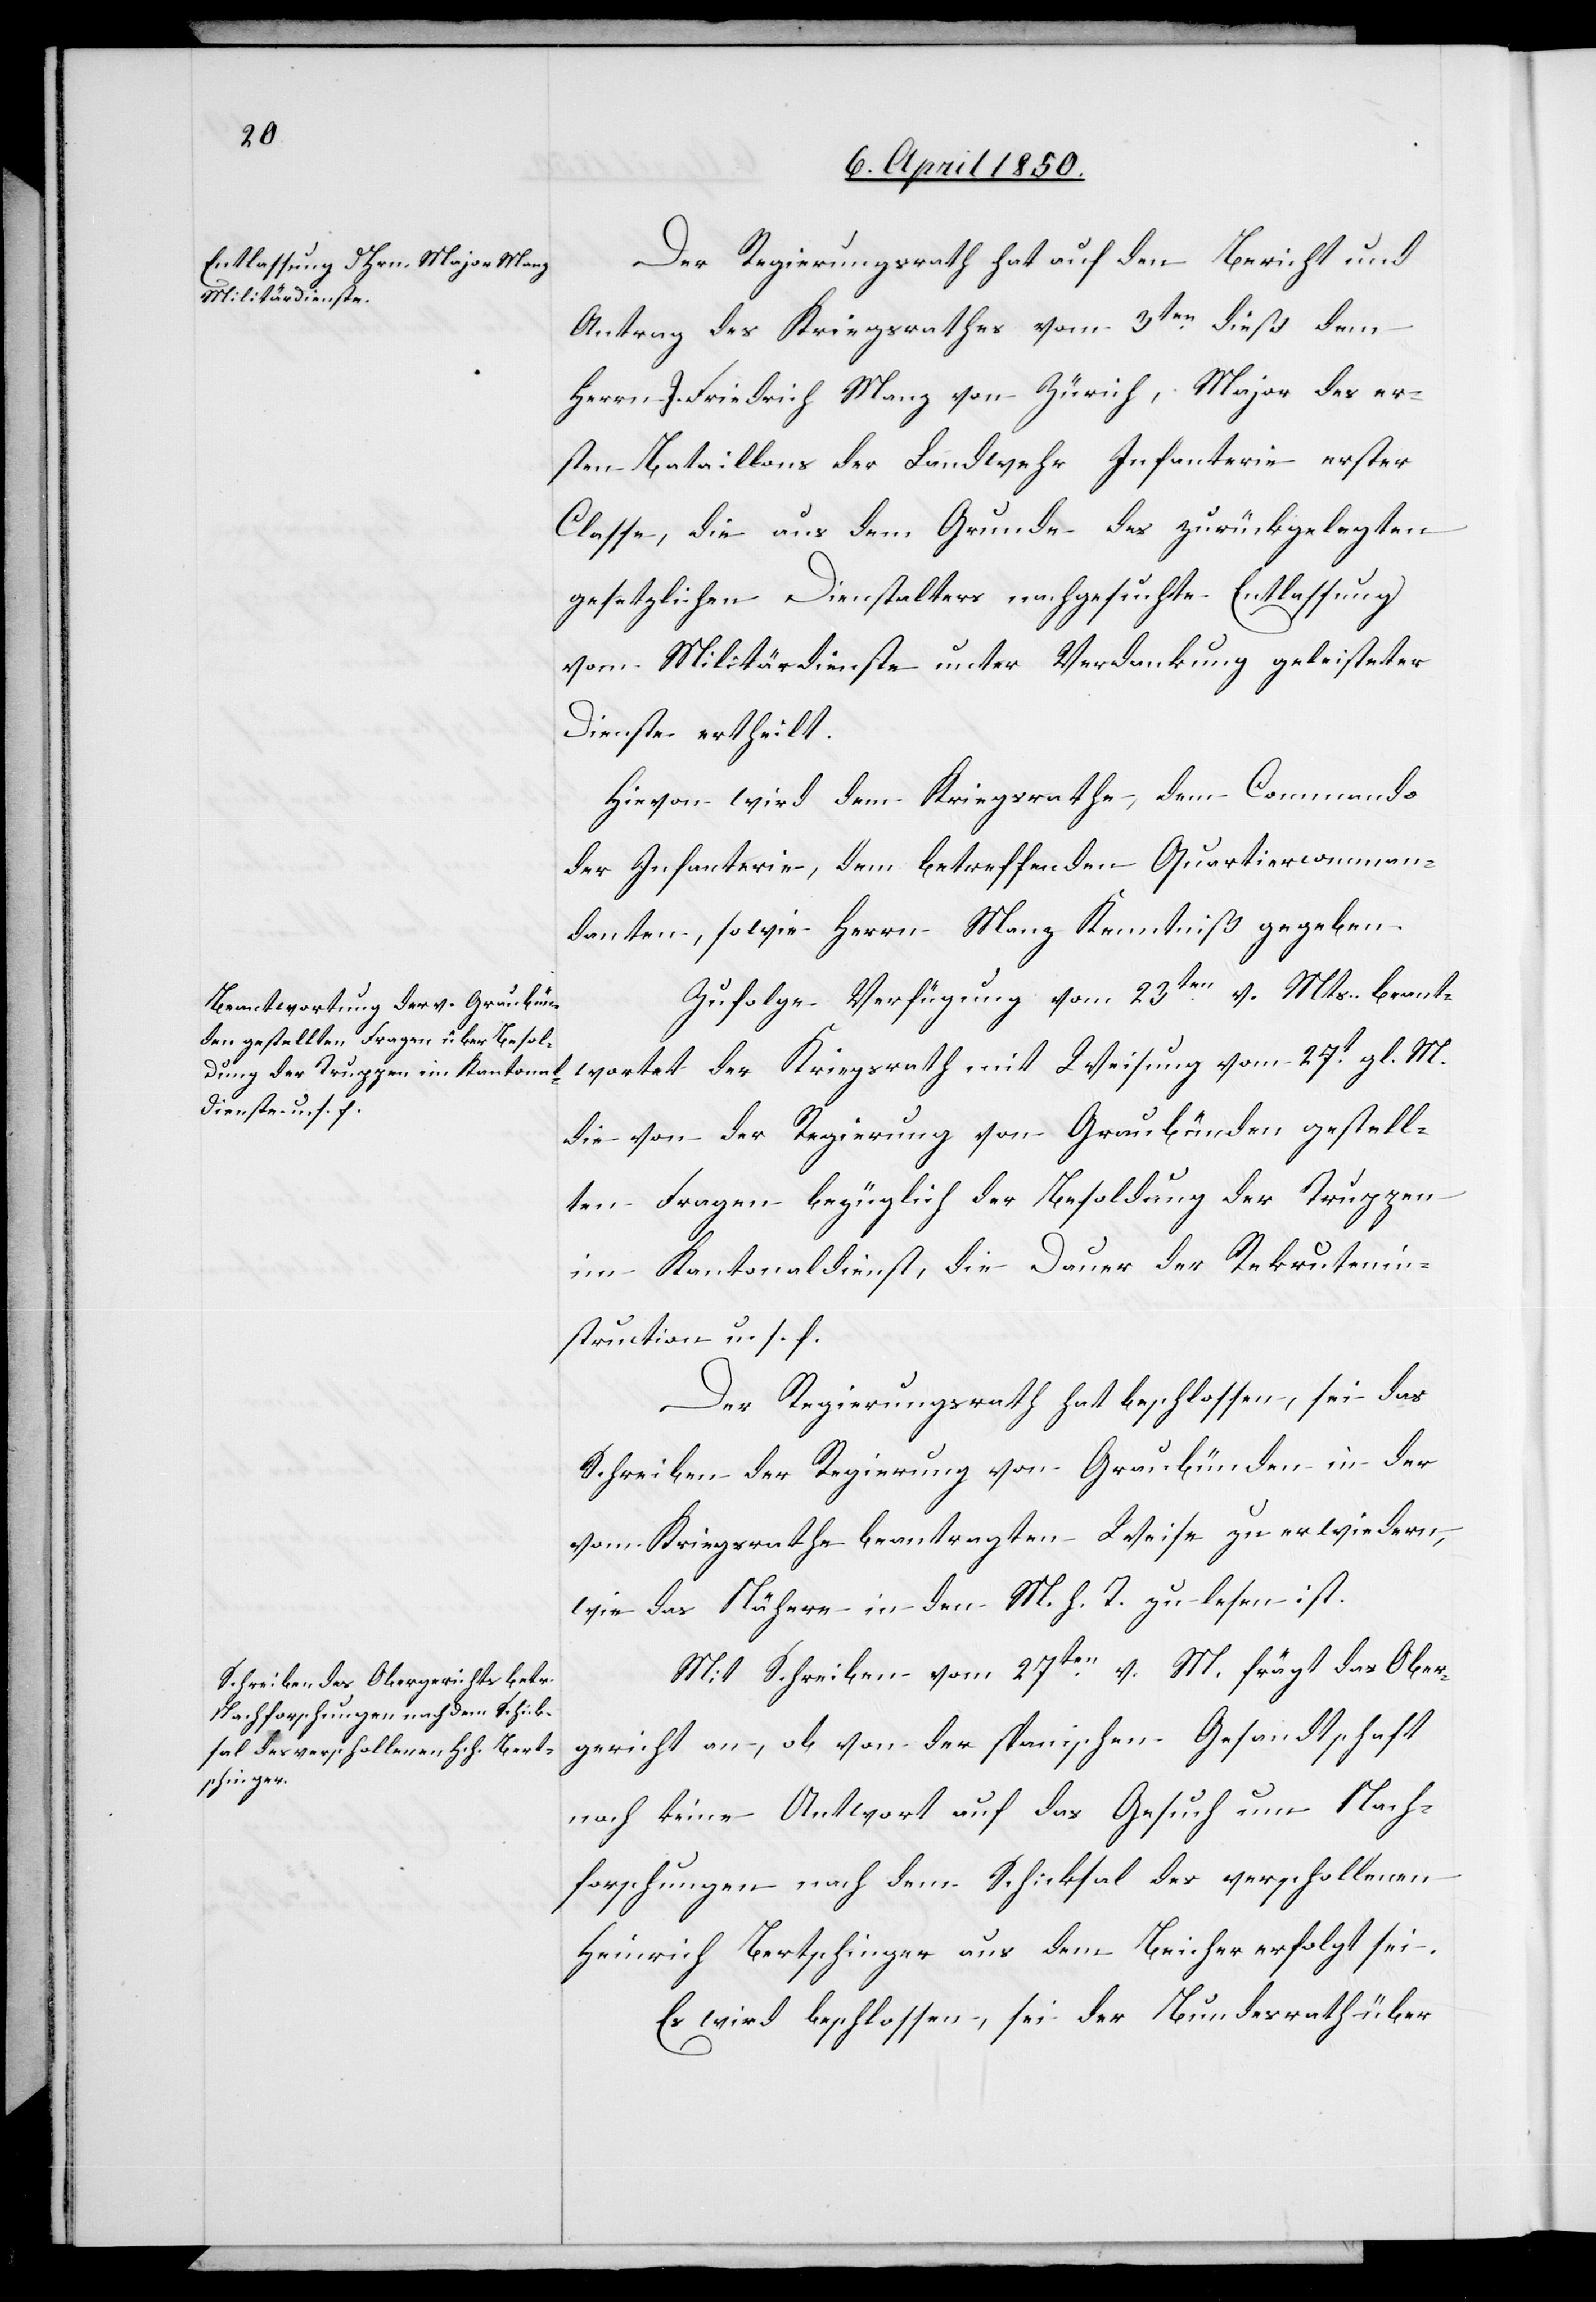
Der Regierungsrath hat auf den Bericht und
Antrag des Kriegsrathes vom 3ten dieß dem
Herrn J. Friedrich Manz von Zürich, Major des er¬
sten Bataillons der Landwehr Infanterie erster
Classe, die aus dem Grunde des zurückgelegten
gesetzlichen Dienstalters nachgesuchte Entlassung
vom Militärdienste unter Verdankung geleisteter
Dienste ertheilt.
Hievon wird dem Kriegsrathe, dem Commando
der Infanterie, dem betreffenden Quartiercomman¬
danten, sowie Herrn Manz Kenntniß gegeben.
Zufolge Verfügung vom 23ten v. Mts. beant¬
die von der Regierung von Graubünden gestell¬
ten Fragen bezüglich der Besoldung der Truppen
im Kantonaldienst, die Dauer der Rekrutenin¬
struction u. s. f.
Der Regierungsrath hat beschlossen, sei das
Schreiben der Regierung von Graubünden in der
vom Kriegsrathe beantragten Weise zu erwiedern,
wie das Nähere in den M. h. T. zu lesen ist.
Mit Schreiben vom 27ten v. M. frägt das Ober¬
gericht an, ob von der spanischen Gesandtschaft
wortet der
noch keine Antwort auf das Gesuch um Nach¬
forschungen nach dem Schicksal des verschollenen
Heinrich Bertschinger aus dem Beicher erfolgt sei.
Es wird beschlossen, sei der Bundesrath über